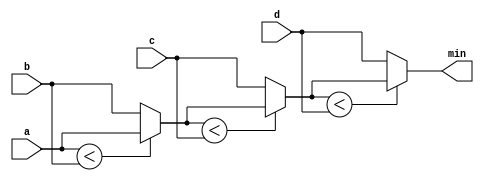
module top_module (
    input [7:0] a, b, c, d,
    output [7:0] min);

	wire [7:0] result1, result2;
	
    assign result1 = (a<b)? a:b; 
    assign result2 = (result1<c)? result1:c;
    assign min  = (result2<d)? result2:d;

endmodule